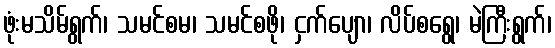
ဖုံးမသိမ်ရွက်၊ သမင်စမ၊ သမင်စဖို၊ ငှက်ပျော၊ လိပ်စရွေ၊ မဲကြီးရွက်၊